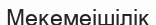
Мекемеішілік